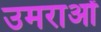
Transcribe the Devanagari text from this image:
उमराओं